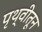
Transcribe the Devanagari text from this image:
पृथ्वीतून